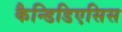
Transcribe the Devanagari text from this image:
कैन्डिडिएसिस